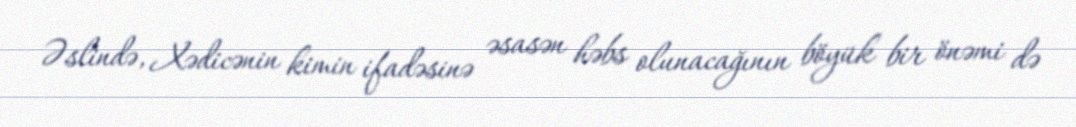
Əslində, Xədicənin kimin ifadəsinə əsasən həbs olunacağının böyük bir önəmi də